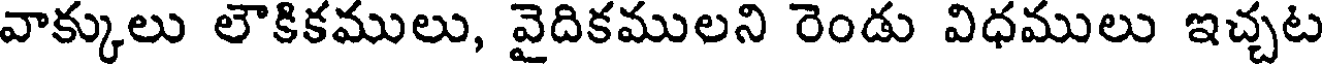
వాక్కులు లౌకికములు, వైదికములని రెండు విధములు ఇచ్చట